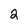
Character: 2